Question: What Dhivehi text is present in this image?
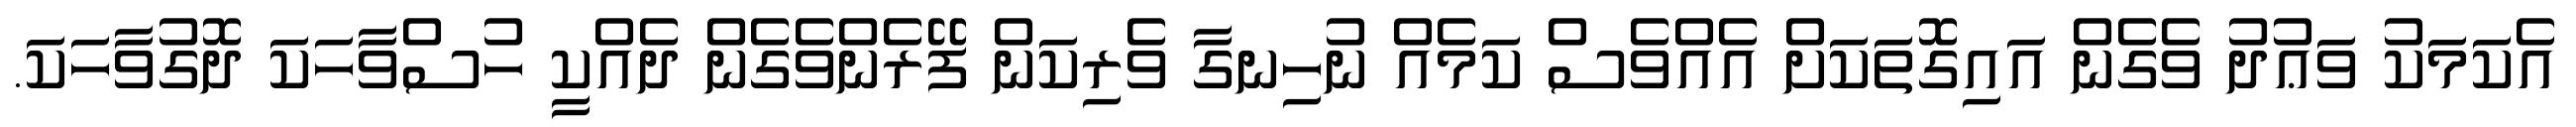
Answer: އެކަމަކު ވަޢުދު ވެގެން އައިގޮތަކަށް އެއްވެސް ކަމެއް ނުހިނގާ ވެރިކަން ފޭރެންވެގެން ދެއްކީ ހުސްވާހަކަ ދޮގުވާހަކަ.